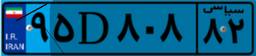
۹۵D۸۰۸۸۲